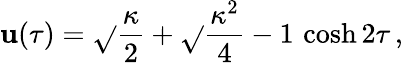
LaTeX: \mathbf{u}(\tau)=\sqrt{}{{{\frac{{\kappa}}{{2}}}+\sqrt{}{{{\frac{{\kappa^{2}}}{{4}}}-1}}\, \cosh2\tau}}\, ,